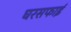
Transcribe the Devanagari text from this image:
घरसफाई